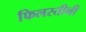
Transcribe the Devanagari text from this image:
फिलस्तीनी